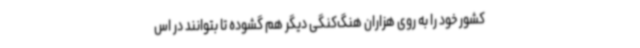
کشور خود را به روی هزاران هنگ‌کنگی دیگر هم گشوده تا بتوانند در اس